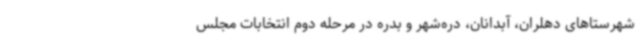
شهرستاهای دهلران، آبدانان، دره‌شهر و بدره در مرحله دوم انتخابات مجلس